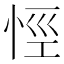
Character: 𢙼